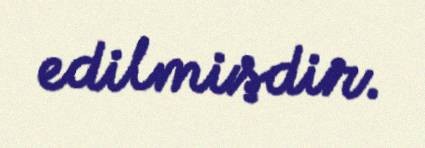
edilmişdir.